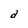
Character: d